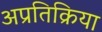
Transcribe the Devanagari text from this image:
अप्रतिक्रिया